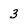
Character: 3